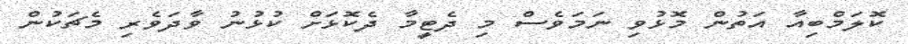
ކޮލަމްބިއާ އަތުން މޮޅުވި ނަމަވެސް މި ދެޓީމާ ދެކޮޅަށް ކުޅުނު ވާދަވެރި މެޗަކުން